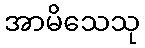
အာမိသေသု